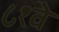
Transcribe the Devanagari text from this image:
८१वे